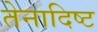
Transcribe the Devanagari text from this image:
तेनादिष्ट